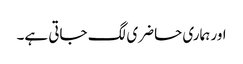
اور ہماری حاضری لگ جاتی ہے۔